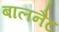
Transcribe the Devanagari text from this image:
बालनैट